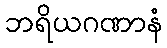
ဘရိယဂဏာနံ